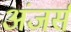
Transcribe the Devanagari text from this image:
अंजर्स